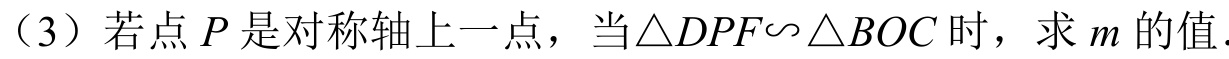
（3）若点 \(P\) 是对称轴上一点，当\(\triangle DPF\backsim\triangle BOC\) 时，求 \(m\) 的值.